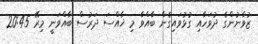
ޒުވާނުންގެ ދުވަހާއި ގުޅުވަައިގެން ބާއްވާ މި ޚާއްސަ ދަރުސް ބާއްވަނީ މިރޭ 20:45